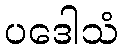
ပဒေါသံ